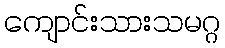
ကျောင်းသားသမဂ္ဂ